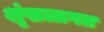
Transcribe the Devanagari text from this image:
शृंखलागत